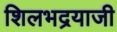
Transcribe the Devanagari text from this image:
शिलभद्रयाजी